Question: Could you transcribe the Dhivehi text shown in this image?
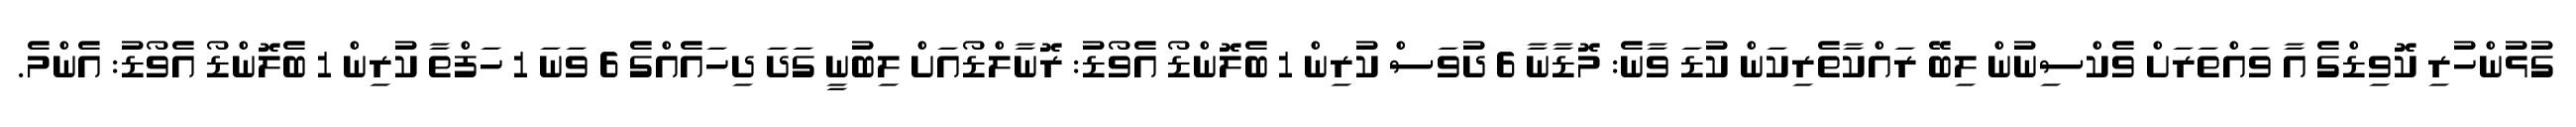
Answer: ގުޅުންހުރި ކޮވިޑްގެ އާ ވައްތަރަށް ވެކްސިނުން ލިބޭ ރައްކާތެރިކަން ކުޑަ ވާނެ: މޮޑާނާ 6 ދުވަސް ކުރިން 1 ބެލޮންޑޯ އެވޯޑު: ރޮނާލްޑޯއަށް ލިބުނީ ގަދަ ދިހައެއްގެ 6 ވަނަ 1 ހަފްތާ ކުރިން 1 ބެލޮންޑޯ އެވޯޑު: އެންމެ.